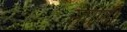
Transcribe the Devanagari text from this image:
संघाती